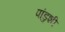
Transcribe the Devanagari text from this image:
पांडुशी